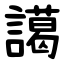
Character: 譪